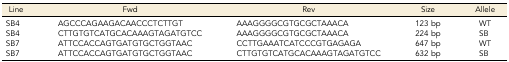
<table><thead><tr><td><b>Line</b></td><td><b>Fwd</b></td><td><b>Rev</b></td><td><b>Size</b></td><td><b>Allele</b></td></tr></thead><tbody><tr><td>SB4</td><td>AGCCCAGAAGACAACCCTCTTGT</td><td>AAAGGGGCGTGCGCTAAACA</td><td>123 bp</td><td>WT</td></tr><tr><td>SB4</td><td>CTTGTGTCATGCACAAAGTAGATGTCC</td><td>AAAGGGGCGTGCGCTAAACA</td><td>224 bp</td><td>SB</td></tr><tr><td>SB7</td><td>ATTCCACCAGTGATGTGCTGGTAAC</td><td>CCTTGAAATCATCCCGTGAGAGA</td><td>647 bp</td><td>WT</td></tr><tr><td>SB7</td><td>ATTCCACCAGTGATGTGCTGGTAAC</td><td>CTTGTGTCATGCACAAAGTAGATGTCC</td><td>632 bp</td><td>SB</td></tr></tbody></table>